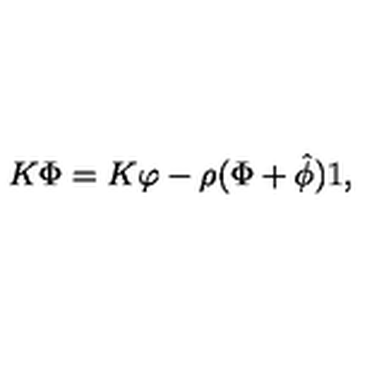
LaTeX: K \Phi = K \varphi - \rho ( \Phi + { \hat { \phi } } ) 1 ,